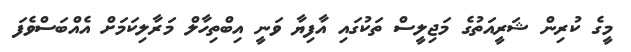
މީގެ ކުރިން ޝަރީއަތުގެ މަޖިލީސް ތަކުގައި އާފިޔާ ވަނީ އިބްތިހާލް މަރާލިކަމަށް އެއްބަސްވެފަ